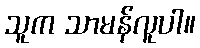
သူက သာမန်လူပါ။